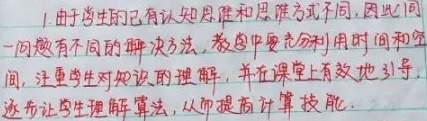
1. 由于学生的已有认知程度和思维方式不同，因此同
一问题有不同的解决方法，教学中要充分利用时间和空
间，注重学生对知识的理解，并在课堂上有效地引导，
逐步让学生理解算法，从而提高计算技能.